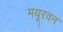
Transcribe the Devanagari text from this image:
मयूरवन